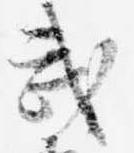
武